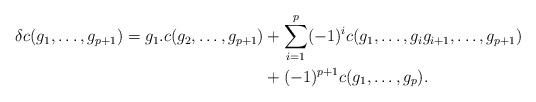
LaTeX: \begin{align*}\delta c(g_{1}, \ldots, g_{p+1}) = g_{1}.c(g_{2}, \ldots, g_{p+1}) & + \sum_{i=1}^{p}(-1)^{i}c(g_{1}, \ldots, g_{i} g_{i+1}, \ldots, g_{p+1})\\& + (-1)^{p+1} c(g_{1}, \ldots, g_{p}). \end{align*}